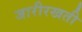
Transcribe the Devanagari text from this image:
जारीरखती